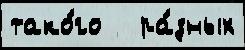
тако́го   ра́зных